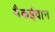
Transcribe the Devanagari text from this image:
मैकईवान